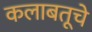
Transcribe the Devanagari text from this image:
कलाबतूचे